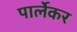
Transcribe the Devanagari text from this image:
पार्लेकर